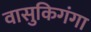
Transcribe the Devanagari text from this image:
वासुकिगंगा